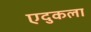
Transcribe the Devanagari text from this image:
एदुकला